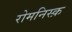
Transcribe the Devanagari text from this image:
रोमनिस्क़